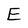
Character: E